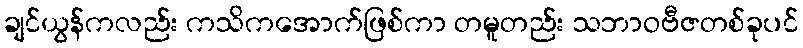
ချင်ယွန်ကလည်း ကသိကအောက်ဖြစ်ကာ တမူတည်း သဘာဝဗီဇတစ်ခုပင်